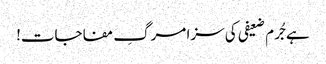
ہے جُرم ضعیفی کی سزا مرگِ مفاجات!